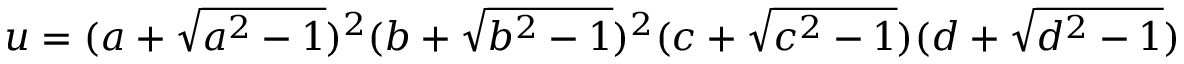
u = ( a + { \sqrt { a ^ { 2 } - 1 } } ) ^ { 2 } ( b + { \sqrt { b ^ { 2 } - 1 } } ) ^ { 2 } ( c + { \sqrt { c ^ { 2 } - 1 } } ) ( d + { \sqrt { d ^ { 2 } - 1 } } )